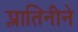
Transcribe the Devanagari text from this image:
प्लातिनीने